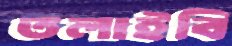
তলাইবি